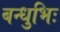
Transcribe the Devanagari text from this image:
बन्धुभिः